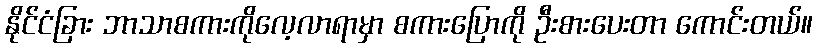
နိုင်ငံခြား ဘာသာစကားကိုလေ့လာရာမှာ စကားပြောကို ဦးစားပေးတာ ကောင်းတယ်။